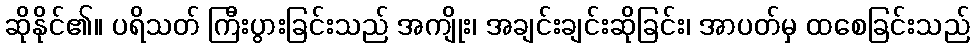
ဆိုနိုင်၏။ ပရိသတ် ကြီးပွားခြင်းသည် အကျိုး၊ အချင်းချင်းဆိုခြင်း၊ အာပတ်မှ ထစေခြင်းသည်